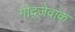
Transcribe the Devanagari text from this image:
गोद्जेवाक